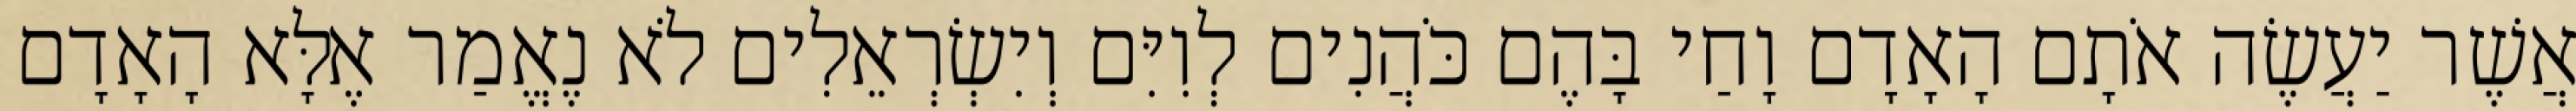
אֲשֶׁר יַעֲשֶׂה אֹתָם הָאָדָם וָחַי בָּהֶם כֹּהֲנִים לְוִיִּם וְיִשְׂרְאֵלִים לֹא נֶאֱמַר אֶלָּא הָאָדָם